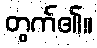
တွက်၏။